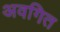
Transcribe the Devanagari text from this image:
अवगित